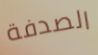
الصدفة